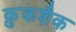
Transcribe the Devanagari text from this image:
क्रुकशैक